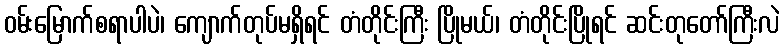
ဝမ်းမြောက်စရာပါပဲ၊ ကျောက်တုပ်မရှိရင် တံတိုင်းကြီး ပြိုမယ်၊ တံတိုင်းပြိုရင် ဆင်းတုတော်ကြီးလဲ